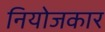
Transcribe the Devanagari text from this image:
नियोजकार